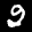
Label: 2